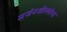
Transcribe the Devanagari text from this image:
सर्जनशीलतेचा